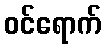
ဝင်ရောက်